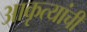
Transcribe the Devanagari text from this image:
आकृत्यांची